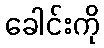
ခေါင်းကို